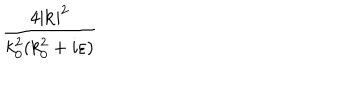
\frac { 4 | \mathbf { k } | ^ { 2 } } { k _ { 0 } ^ { 2 } ( k _ { 0 } ^ { 2 } + i \varepsilon ) }